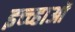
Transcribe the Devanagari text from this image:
इच्च्हाओं